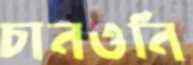
চানওনি